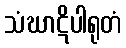
သံဃာဋိပါရုတံ